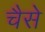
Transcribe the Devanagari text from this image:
चैसे